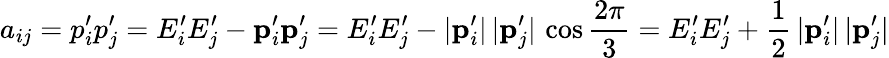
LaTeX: a_{ij}=p_{i}^{\prime}p_{j}^{\prime}=E_{i}^{\prime}E_{j}^{\prime}-\mathbf{p}_{i}^{\prime}\mathbf{p}_{j}^{\prime}=E_{i}^{\prime}E_{j}^{\prime}-|\mathbf{p}_{i}^{\prime}|\, |\mathbf{p}_{j}^{\prime}|\, \cos\frac{2\pi}{3}=E_{i}^{\prime}E_{j}^{\prime}+\frac{1}{2}\, |\mathbf{p}_{i}^{\prime}|\, |\mathbf{p}_{j}^{\prime}|